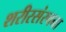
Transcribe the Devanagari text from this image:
शरीरसंरचना